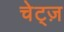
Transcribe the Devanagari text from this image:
चेट्ज़